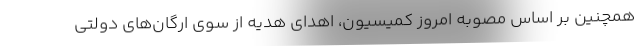
همچنین بر اساس مصوبه امروز کمیسیون، اهدای هدیه از سوی ارگان‌های دولتی